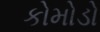
કોમોડો